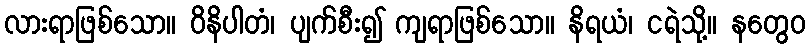
လားရာဖြစ်သော။ ဝိနိပါတံ၊ ပျက်စီး၍ ကျရာဖြစ်သော။ နိရယံ၊ ငရဲသို့။ နတွေဝ